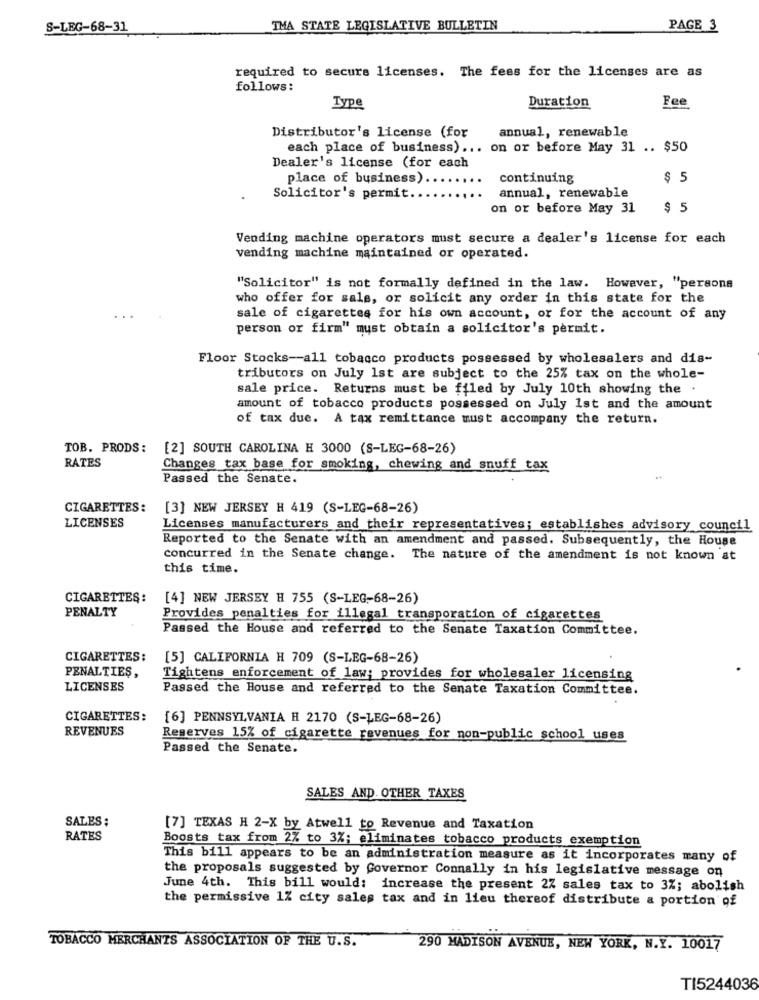
S-LEG-68-31
TMA STATE LEGISLATIVE BULLETIN
PAGE 3
required to secure licenses. The fees for the licenses are as
follows:
Fee
Type
Duration
annual, renewable
Distributor's license (for
each place of business) ... on or before May 31 .. $50
Dealer's license (for each
place of business).
continuing
$ 5
Solicitor's permit.
annual, renewable
on or before May 31
$ 5
Vending machine operators must secure a dealer's license for each
vending machine maintained or operated.
"Solicitor" is not formally defined in the law. However, "persona
who offer for sale, or solicit any order in this state for the
sale of cigarettes for his own account, or for the account of any
person or firm" must obtain a solicitor's permit.
Floor Stocks -- all tobacco products possessed by wholesalers and dis-
tributors on July 1st are subject to the 25% tax on the whole-
sale price. Returns must be ffled by July 10th showing the .
amount of tobacco products possessed on July 1st and the amount
of tax due. A tax remittance must accompany the return.
TOB. PRODS: [2] SOUTH CAROLINA H 3000 (S-LEG-68-26)
RATES
Changes tax base for smoking, chewing and snuff tax
Passed the Senate.
CIGARETTES: [3] NEW JERSEY H 419 (S-LEG-68-26)
LICENSES
Licenses manufacturers and their representatives; establishes advisory council
Reported to the Senate with an amendment and passed. Subsequently, the House
concurred in the Senate change. The nature of the amendment is not known at
this time.
CIGARETTES:
[4] NEW JERSEY H 755 (S-LEG-68-26)
PENALTY
Provides penalties for illegal transporation of cigarettes
Passed the House and referred to the Senate Taxation Committee.
CIGARETTES:
[5] CALIFORNIA H 709 (S-LEG-68-26)
PENALTIES,
Tightens enforcement of law; provides for wholesaler licensing
LICENSES
Passed the House and referred to the Senate Taxation Committee.
CIGARETTES:
[6] PENNSYLVANIA H 2170 (S-LEG-68-26)
REVENUES
Reserves 15% of cigarette revenues for non-public school uses
Passed the Senate.
SALES AND. OTHER TAXES
SALES:
[7] TEXAS H 2-X by Atwell to Revenue and Taxation
RATES
Boosts tax from 2% to 3%; eliminates tobacco products exemption
This bill appears to be an administration measure as it incorporates many of
the proposals suggested by Governor Connally in his legislative message on
June 4th. This bill would: increase the present 27 sales tax to 3%; abolish
the permissive 1% city sales tax and in lieu thereof distribute a portion of
TOBACCO MERCHANTS ASSOCIATION OF THE U.S.
290 MADISON AVENUE, NEW YORK, N.Y. 10017
TI5244036